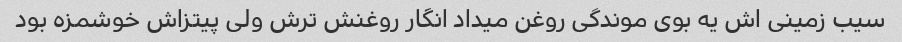
سیب زمینی اش یه بوی موندگی روغن میداد انگار روغنش ترش ولی پیتزاش خوشمزه بود